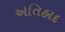
એતિહાદ